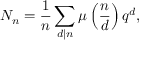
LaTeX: N _ { n } = { \frac { 1 } { n } } \sum _ { d \mid n } \mu \left( { \frac { n } { d } } \right) q ^ { d } ,